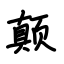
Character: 颠